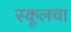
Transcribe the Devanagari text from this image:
स्कूलचा